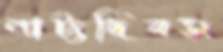
নাট্যদিবস